Cholera in southern India
Disease focus: Cholera
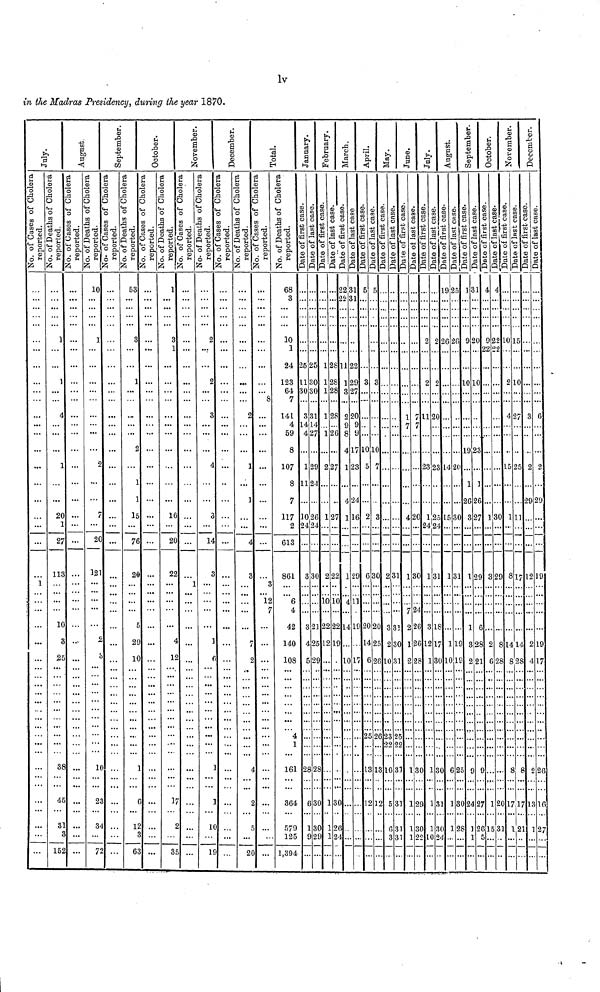
lv
in the Madras Presidency, during the year 1870.
...
1
...
...
...
1
1
2
2
11
...
1
2
3
4
3
15
...
1
0 ...
7 ...
3 ...
0
3 ..•
5 ...
8 ...
5 ...
1 ...
2 ...
10
1
7
2
12
1
2
3
7
...
...
...
0 ...
1
.
2
...
3 ...
0 ...
3 ...
4 ...
2 ...
53
3
1
1
7
2
2
1
1
6
...
...
5 ...
6 ...
0 ...
5 ...
9 ...
0 ...
1
G ...
2 ...
3 ...
1 ...
3 ...
1 ...
16
20 ...
22 ...
1
-
...
4 ...
12 ...
17
2 ...
35 ...
2 ...
2 ...
3
14 ...
10 ...
19 ...
S
2 ...
1 ...
..'. ...
1
4 ...
3 ...
1
7 -
2 ..
... ••
...
-
4 ..
2 ..
5 ..
20 ..
68
3
10
1
24
123
64
7
14L
4
59
8
107
8
7
117
2
613
861
o
2
6
7
4
42
140
.
108
•
4
1
.
16
.
364
.
57
12
. 1,394
25
11
30
3
14
4
1
1
10
2
1 2
9
5
25
30
30
31
14
27
29
124
26
4 4
3 3
3 2
42
5 2
8 2
6 3
13
92
1
1
1
1
.
1
2
1
0
1
12
5 1
9.
8.
0
0
9
22 1 5 5
231
281122
28 129 3 3
28 3 27
2S 2 20
1
7
. ... 9 9 ... ... ... 7 7
26 8 9
. ... ... ..
4171010
...
7 123 5 7
...
424 ... .
... ...
27 116 2 3
420
2 22 129 6 30 2 31 130
010 411
...
- 7 24
2 221419 20 20 3 31 2 26
219... ... 14 25 2 30 126
.. - 1017 6 26 10 31 2 28
25 2623 25
-
22 22
.. . . ...131310 31 130
130
1212 5 31 129
126
6 31 130
124
3 31 122
2 2
2
12
32
12
1
3
12
1
10
l
0
3
30
3 1
3l
)25
3 2(
4 2
53
13
11
10 ]
6
1
1
1 13
1 92
.10 1
.19
0 ...
. 1
.26
0 3
1 1
.. 1
9 3
19 2
30 24
28
1
0
0
23
6
M
27
26
5
4 4
92
2 2
1
3
2
6
15
4
2
2
9
28
20
015
2 10
4 27
5 25
111
817
L 14
8 28
8 8
1717
121
9
13
9
L9
17
26
10
27